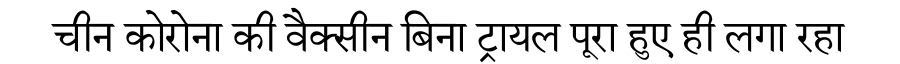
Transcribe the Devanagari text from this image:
चीन कोरोना की वैक्सीन बिना ट्रायल पूरा हुए ही लगा रहा